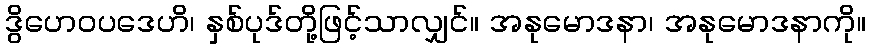
ဒွိဟေဝပဒေဟိ၊ နှစ်ပုဒ်တို့ဖြင့်သာလျှင်။ အနုမောဒနာ၊ အနုမောဒနာကို။